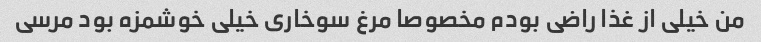
من خیلی از غذا راضی بودم مخصوصا مرغ سوخاری خیلی خوشمزه بود مرسی